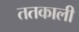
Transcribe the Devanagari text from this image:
ततकाली